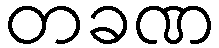
တခဏ